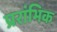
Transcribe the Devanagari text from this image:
प्ररांभिक